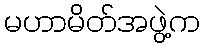
မဟာမိတ်အဖွဲ့က